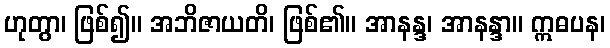
ဟုတွာ၊ ဖြစ်၍။ အဘိဇာယတိ၊ ဖြစ်၏။ အာနန္ဒ၊ အာနန္ဒာ။ ဣဓပန၊